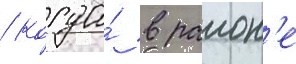
/ когда́ в раион'е